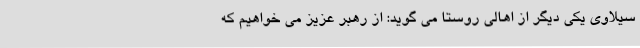
سیلاوی یکی دیگر از اهالی روستا می گوید: از رهبر عزیز می خواهیم که